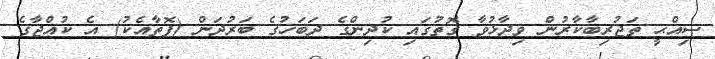
ޞިއްޙީ ތަޖުރިބާކާރުން ވިދާޅުވާ ގޮތުގައި ކުދިންގެ ދަބަހުގެ ބަރުދަން (ފޮތާއެކު) އެ ކުއްޖާގެ